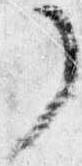
了